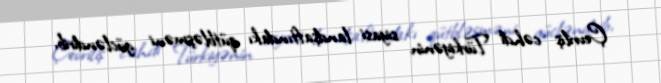
Çevriliş cəhdi Türkiyənin siyasi landşaftındakı qütbləşməni gücləndirib,